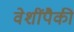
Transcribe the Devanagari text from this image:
वेशींपैकी